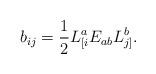
LaTeX: \begin{align*}b_{ij}=\frac{1}{2}L^{a}_{[i}E_{ab}L^{b}_{j]}.\end{align*}